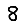
Digit: 8